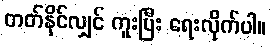
တတ်နိုင်လျှင် ကူးပြီး ရေးလိုက်ပါ။